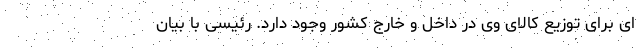
ای برای توزیع کالای وی در داخل و خارج کشور وجود دارد. رئیسی با بیان